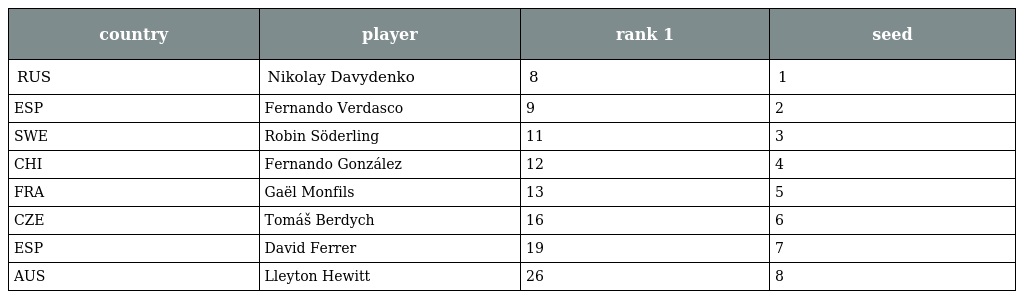
| country | player | rank 1 | seed |
 | --- | --- | --- | --- |
 | RUS | Nikolay Davydenko | 8 | 1 |
 | ESP | Fernando Verdasco | 9 | 2 |
 | SWE | Robin Söderling | 11 | 3 |
 | CHI | Fernando González | 12 | 4 |
 | FRA | Gaël Monfils | 13 | 5 |
 | CZE | Tomáš Berdych | 16 | 6 |
 | ESP | David Ferrer | 19 | 7 |
 | AUS | Lleyton Hewitt | 26 | 8 |